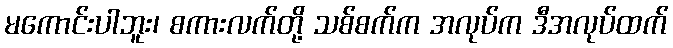
မကောင်းပါဘူး၊ စကားလက်တို့ သစ်စက်က အလုပ်က ဒီအလုပ်ထက်